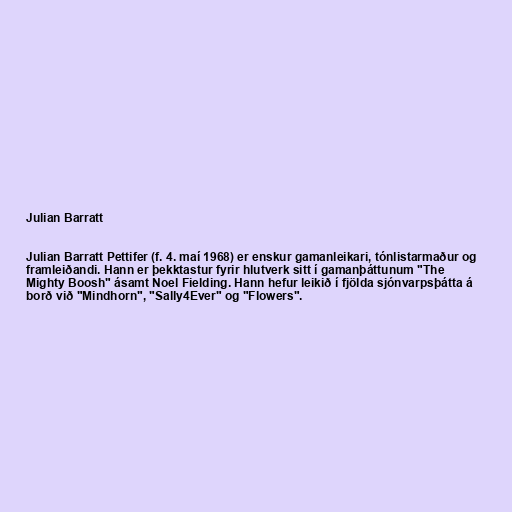
Julian Barratt

Julian Barratt Pettifer (f. 4. maí 1968) er enskur gamanleikari, tónlistarmaður og
framleiðandi. Hann er þekktastur fyrir hlutverk sitt í gamanþáttunum "The
Mighty Boosh" ásamt Noel Fielding. Hann hefur leikið í fjölda sjónvarpsþátta á
borð við "Mindhorn", "Sally4Ever" og "Flowers".